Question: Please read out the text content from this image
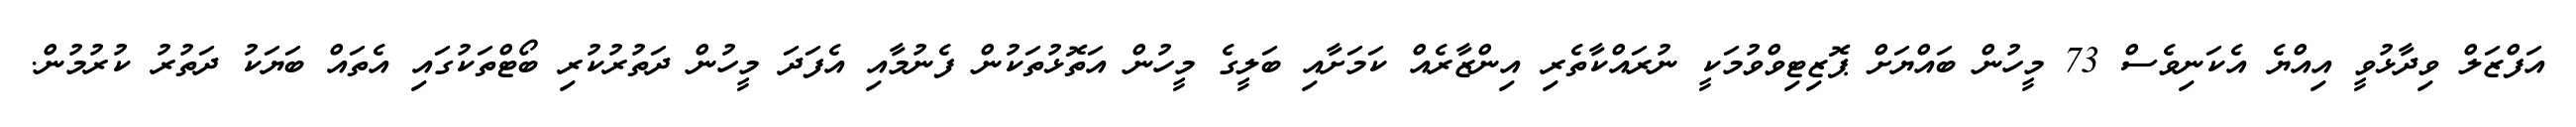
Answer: އަފްޒަލް ވިދާޅުވީ އިއްޔެ އެކަނިވެސް 73 މީހުން ބައްޔަށް ޕޮޒިޓިވްވުމަކީ ނުރައްކާތެރި އިންޒާރެއް ކަމަށާއި ބަލީގެ މީހުން އަތޮޅުތަކުން ފެނުމާއި އެފަދަ މީހުން ދަތުރުކުރި ބޯޓްތަކުގައި އެތައް ބަޔަކު ދަތުރު ކުރުމުން.